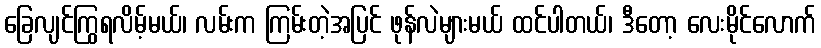
ခြေလျင်ကြွရလိမ့်မယ်၊ လမ်းက ကြမ်းတဲ့အပြင် ဖုန်လဲများမယ် ထင်ပါတယ်၊ ဒီတော့ လေးမိုင်လောက်